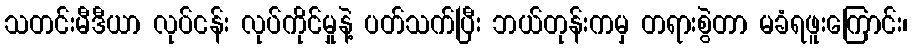
သတင်းမီဒီယာ လုပ်ငန်း လုပ်ကိုင်မှုနဲ့ ပတ်သက်ပြီး ဘယ်တုန်းကမှ တရားစွဲတာ မခံရဖူးကြောင်း၊